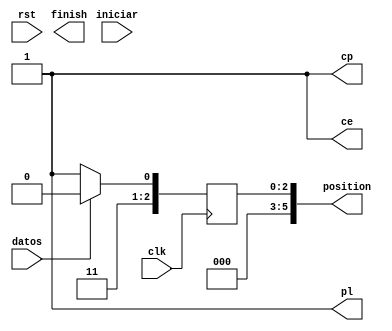
module read_buttons( clk , rst ,  iniciar , datos , finish , position , pl , ce ,cp);

//PL seal de control para guardar de manera asincrona o secuencial - low carga las entradas paralelas
//CE clock enable active low
//CP clock

 input clk;
 input rst;
 input iniciar; 
 input datos;

 output reg finish;
 output reg [5:0] position;
 output reg pl;
 output reg ce;
 output reg cp;
initial begin
  position=5;
end

 parameter READY  = 3'b	000;
 parameter PL0  = 3'b001;
 parameter PL1  = 3'b010;
 parameter ENABLE= 3'b011;
 parameter SHIFT  = 3'b100;
 parameter RESET  = 3'b101;

 parameter RES = 2500; 
 reg [2:0] state;
 reg [15:0] timer;
 reg [4:0] i;
 reg en;
 reg [2:0]count;
 initial begin
  cp = 1;
  pl = 1;
  ce = 1;
  state = READY;
  timer= 0;
  i=3;
  count = 7;
  en = iniciar;
 end

always @(posedge clk) begin
	 if(datos==1)
		position=6;
 	else
		position=7;
 end 

/*

 



 if(i==0)begin
	cp = ~cp;
	i=3;
 end
 else
	i = i-1; 
 end

always @(posedge cp) begin
	    
   
    if (rst) begin
      state = READY;
    end else begin

    case(state)

     READY:begin
  	en = iniciar; 
     if(en)begin
       state = PL0; 
	timer = 84;
       end    
     else
     state = READY;    
        end

     PL0:begin
	if(timer == 0)begin
	   pl=1;
	   timer = 84;
	   state = PL1;
	end
	else begin
	   pl=0;
	   timer= timer-1;
	end
	end

      PL1:begin
	if(timer==0)begin
	   state = SHIFT;
	end
	else begin
	   pl=1;
	   timer= timer-1;
	end
	end
 
     ENABLE:begin
       if(cp==1)begin
	   ce=0;
	    state=SHIFT;
	end	
	else
	  state=ENABLE;
	   
     end

    SHIFT:begin
	if(datos==1)begin
	   position=count;
		if(count==0)
	   	   state=RESET;
	end
	else begin
	   count= count-1;
	end
     end
        
     RESET:begin
      finish=0;
      timer = timer - 1;
      
      if (timer==0)begin
	finish=1;
  	count = 7;  
      	state = READY;
      end
     end

     default: state = READY;
     
   endcase
   end
 end
*/
endmodule